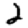
Digit: 2